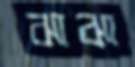
ঝাঝা